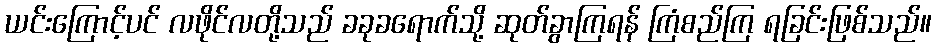
ယင်းကြောင့်ပင် လဖိုင်လတို့သည် ခခုခရောက်သို့ ဆုတ်ခွာကြရန် ကြံစည်ကြ ရခြင်းဖြစ်သည်။